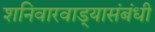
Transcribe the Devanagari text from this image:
शनिवारवाड्यासंबंधी